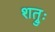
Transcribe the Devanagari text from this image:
शत्रुः